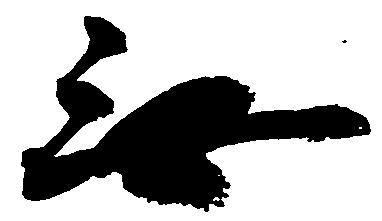
無